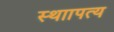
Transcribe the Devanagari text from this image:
स्थाापत्य